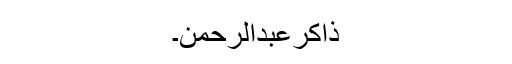
ذاکرعبدالرحمن۔